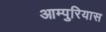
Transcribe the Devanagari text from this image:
आम्पुरियास